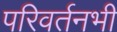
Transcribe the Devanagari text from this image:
परिवर्तनभी